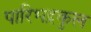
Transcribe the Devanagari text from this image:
पारिभद्रकुल